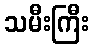
သမီးကြီး